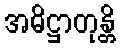
အဓိဋ္ဌာတုန္တိ